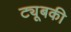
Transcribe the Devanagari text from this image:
ट्यूबकी